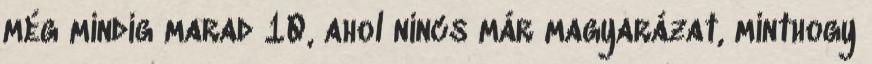
még mindig marad 10, ahol nincs már magyarázat, minthogy